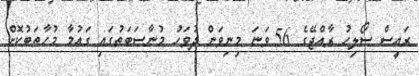
ރައީސް ސޯލިހު ރާއްޖޭގެ 56 ވަނަ މިނިވަން ދުވަހު މުނާސަބަތުގައި ގައުމާ މުހާތަބުކޮށް